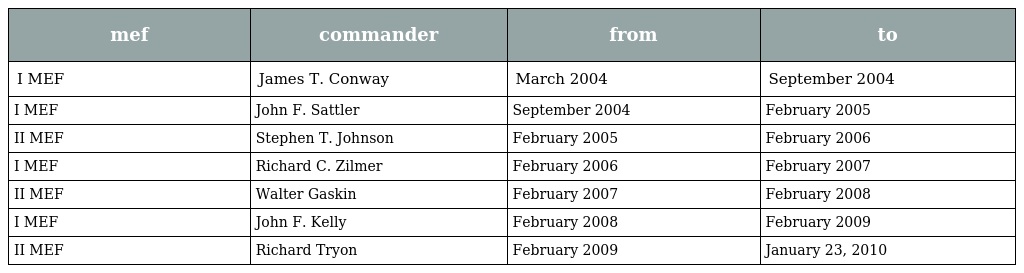
| mef | commander | from | to |
 | --- | --- | --- | --- |
 | I MEF | James T. Conway | March 2004 | September 2004 |
 | I MEF | John F. Sattler | September 2004 | February 2005 |
 | II MEF | Stephen T. Johnson | February 2005 | February 2006 |
 | I MEF | Richard C. Zilmer | February 2006 | February 2007 |
 | II MEF | Walter Gaskin | February 2007 | February 2008 |
 | I MEF | John F. Kelly | February 2008 | February 2009 |
 | II MEF | Richard Tryon | February 2009 | January 23, 2010 |